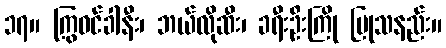
၁၇။ ကြွဝင်ခါနီး၊ ဘယ်လိုဆီး၊ ခရီးဦးကြို ပြုသနည်း။